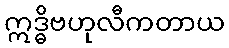
ဣဒ္ဓိဗဟုလီကတာယ